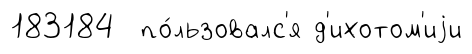
183184 по́льзовалс'я д'ихотом'иjи